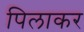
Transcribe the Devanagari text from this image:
पिलाकर